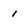
Character: i